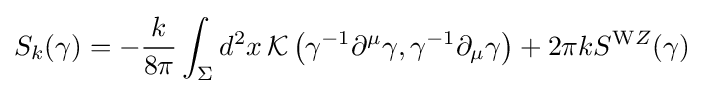
S_{k}(\gamma )=-{\frac {k}{8\pi }}\int _{\Sigma }d^{2}x\,{\mathcal {K}}\left(\gamma ^{-1}\partial ^{\mu }\gamma ,\gamma ^{-1}\partial _{\mu }\gamma \right)+2\pi kS^{\mathrm {W} Z}(\gamma )